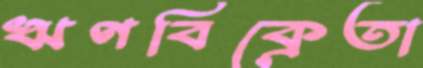
ঋণবিক্রেতা